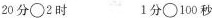
20 分\circ 2 时 1 分\circ 100 秒